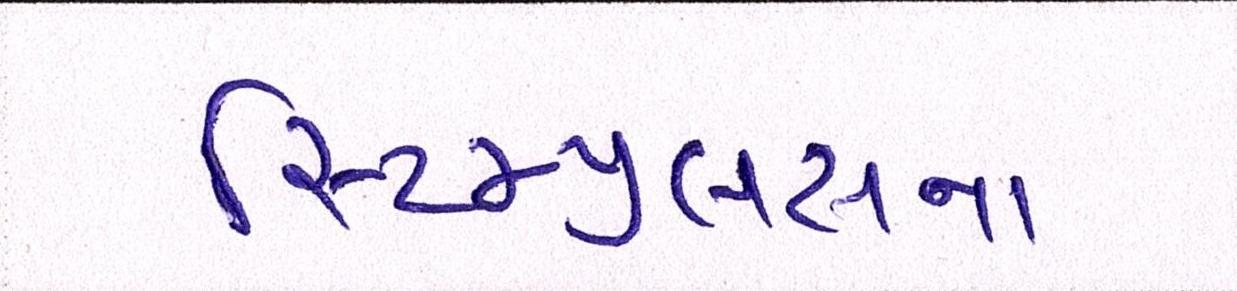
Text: સ્ટિમ્યુલસના